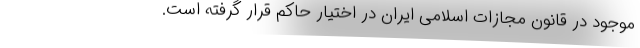
موجود در قانون مجازات اسلامی‌ ایران در اختیار حاکم قرار گرفته است.